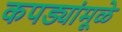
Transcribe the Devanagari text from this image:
कपड्यांमूळे